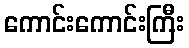
ကောင်းကောင်းကြီး